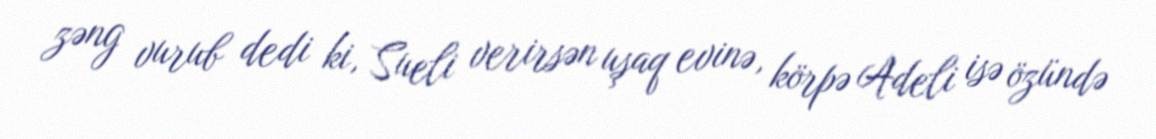
zəng vurub dedi ki, Sueli verirsən uşaq evinə, körpə Adeli isə özündə